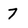
Character: 7